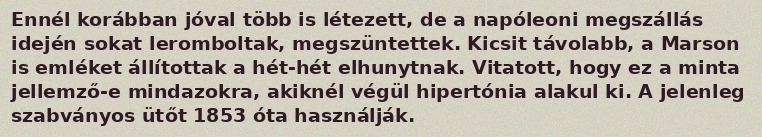
Ennél korábban jóval több is létezett, de a napóleoni megszállás idején sokat leromboltak, megszüntettek. Kicsit távolabb, a Marson is emléket állítottak a hét-hét elhunytnak. Vitatott, hogy ez a minta jellemző-e mindazokra, akiknél végül hipertónia alakul ki. A jelenleg szabványos ütőt 1853 óta használják.